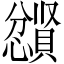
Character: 𪬼